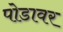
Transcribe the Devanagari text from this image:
पोडावर